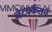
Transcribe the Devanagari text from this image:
नेटवर्कस्‌चे